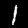
Digit: 1